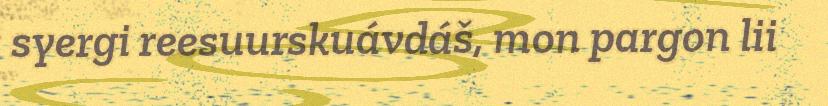
syergi reesuurskuávdáš, mon pargon lii